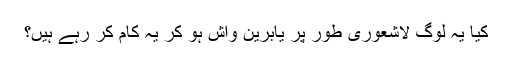
کیا یہ لوگ لاشعوری طور پر یابرین واش ہو کر یہ کام کر رہے ہیں؟